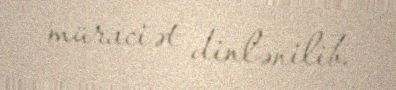
müraciət dinlənilib.